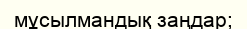
мұсылмандық заңдар;